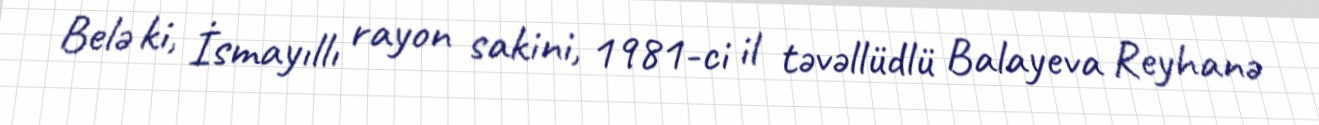
Belə ki, İsmayıllı rayon sakini, 1981-ci il təvəllüdlü Balayeva Reyhanə